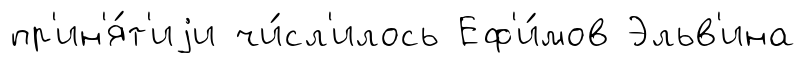
пр'ин'я́т'иjи чи́сл'илось Еф'и́мов Эльв'ина